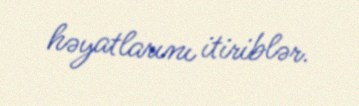
həyatlarını itiriblər.